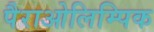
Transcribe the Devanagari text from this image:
पैराओलिम्पिक